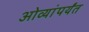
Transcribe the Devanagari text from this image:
ओव्यांपर्यंत